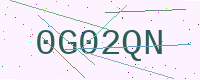
Text: 0G02QN